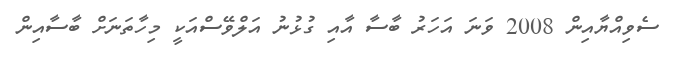
ސެވިއްޔާއިން 2008 ވަނަ އަހަރު ބާސާ އާއި ގުޅުނު އަލްވޭސްއަކީ މިހާތަނަށް ބާސާއިން